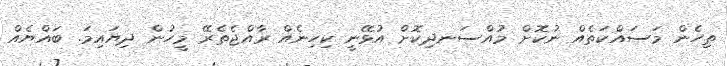
ތިހެން މަސައްކަތެއް ނުކޮށް މުއްސަނދިކޮށް އުޅޭނީ ކިހިނެއް ރާއްޖެތެރޭ މީހުން ދިޔައިމަ. ބައްޔެއް